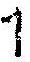
1